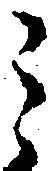
ミ